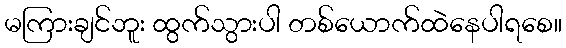
မကြားချင်ဘူး ထွက်သွားပါ တစ်ယောက်ထဲနေပါရစေ။